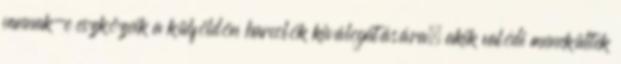
vannak-e eszközeik a külföldön harcolók kiválogatására, akik valódi menekültek